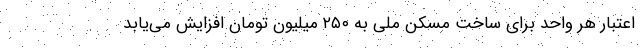
اعتبار هر واحد برای ساخت مسکن ملی به ۲۵۰ میلیون تومان افزایش می‌یابد